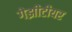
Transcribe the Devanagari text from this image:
गेझीटीयर